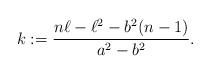
LaTeX: \begin{align*}k:=\frac{n\ell-\ell^2-b^2(n-1)}{a^2-b^2}.\end{align*}